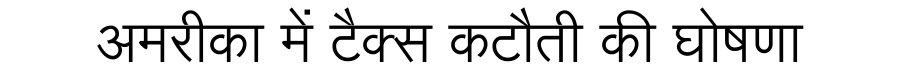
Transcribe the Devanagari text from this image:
अमरीका में टैक्स कटौती की घोषणा